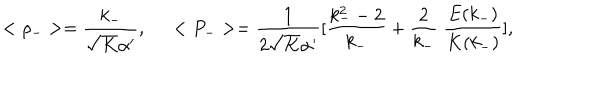
LaTeX: < \rho _ { - } > = \frac { k _ { - } } { \sqrt { K } \alpha ^ { \prime } } , \; \; < P _ { - } > = \frac { 1 } { 2 \sqrt { K } \alpha ^ { \prime } } [ \frac { k _ { - } ^ { 2 } - 2 } { k _ { - } } + \frac { 2 } { k _ { - } } \; \frac { E ( k _ { - } ) } { K ( k _ { - } ) } ] ,